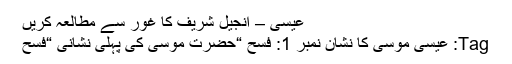
عیسی – انجیل شریف کا غور سے مطالعہ کریں
Tag: عیسی موسیٰ کا نشان نمبر 1: فسح “حضرت موسٰی کی پہلی نشانی “فسح